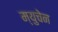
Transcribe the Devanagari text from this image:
म्युचेन